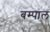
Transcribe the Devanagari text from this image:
बम्पाल